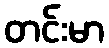
တင်းမာ